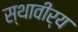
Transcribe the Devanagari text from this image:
स्थावीर्य